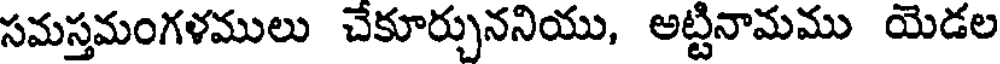
సమస్తమంగళములు చేకూర్చుననియు, అట్టినామము యెడల